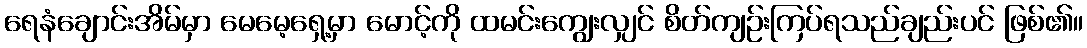
ရေနံချောင်းအိမ်မှာ မေမေ့ရှေ့မှာ မောင့်ကို ထမင်းကျွေးလျှင် စိတ်ကျဉ်းကြပ်ရသည်ချည်းပင် ဖြစ်၏။